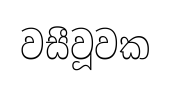
වසීවූවක